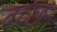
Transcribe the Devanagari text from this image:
वच्छ